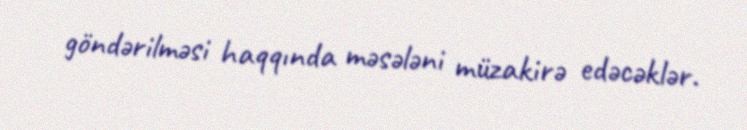
göndərilməsi haqqında məsələni müzakirə edəcəklər.